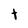
Character: t